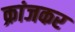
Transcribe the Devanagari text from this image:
क्रांजकर